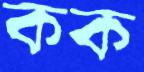
কক